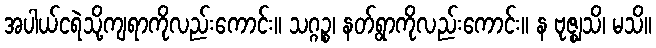
အပါယ်ငရဲသို့ကျရာကိုလည်းကောင်း။ သဂ္ဂဉ္စ၊ နတ်ရွာကိုလည်းကောင်း။ န ဗုဇ္ဈသိ၊ မသိ။